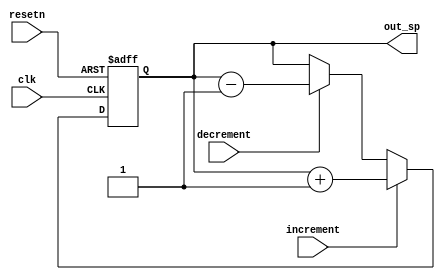
module stack_pointer(
	input clk, resetn, increment, decrement, output[15:0] out_sp
);
	reg[15:0] stack_ptr;

	always @(posedge clk, negedge resetn)
	begin
		if (!resetn) 
			stack_ptr = 16'd0;
		else if (increment) 
			stack_ptr <= stack_ptr + 16'd1;
		else if (decrement)
			stack_ptr <= stack_ptr - 16'd1;
	end
	assign out_sp = stack_ptr;
endmodule